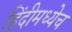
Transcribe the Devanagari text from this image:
हिंदीमध्येच